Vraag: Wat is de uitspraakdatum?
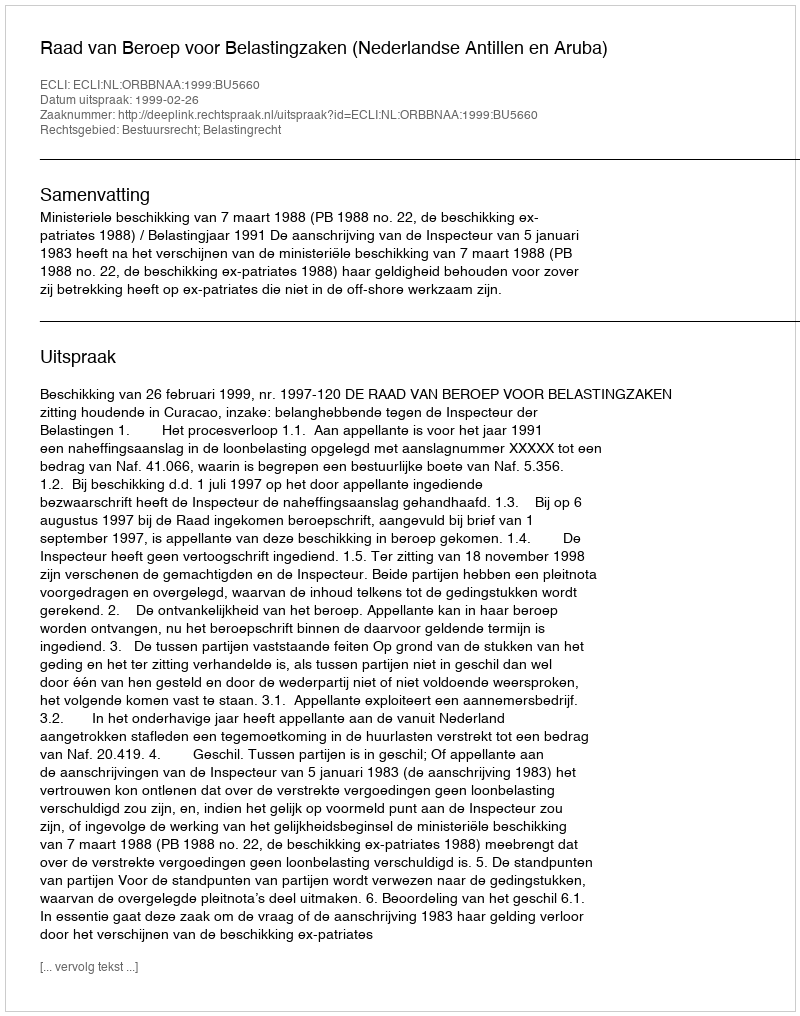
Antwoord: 1999-02-26